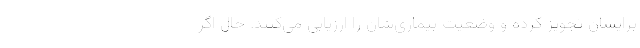
برایشان تجویز کرده و وضعیت بیماری‌شان را ارزیابی می‌کنند. حال اگر